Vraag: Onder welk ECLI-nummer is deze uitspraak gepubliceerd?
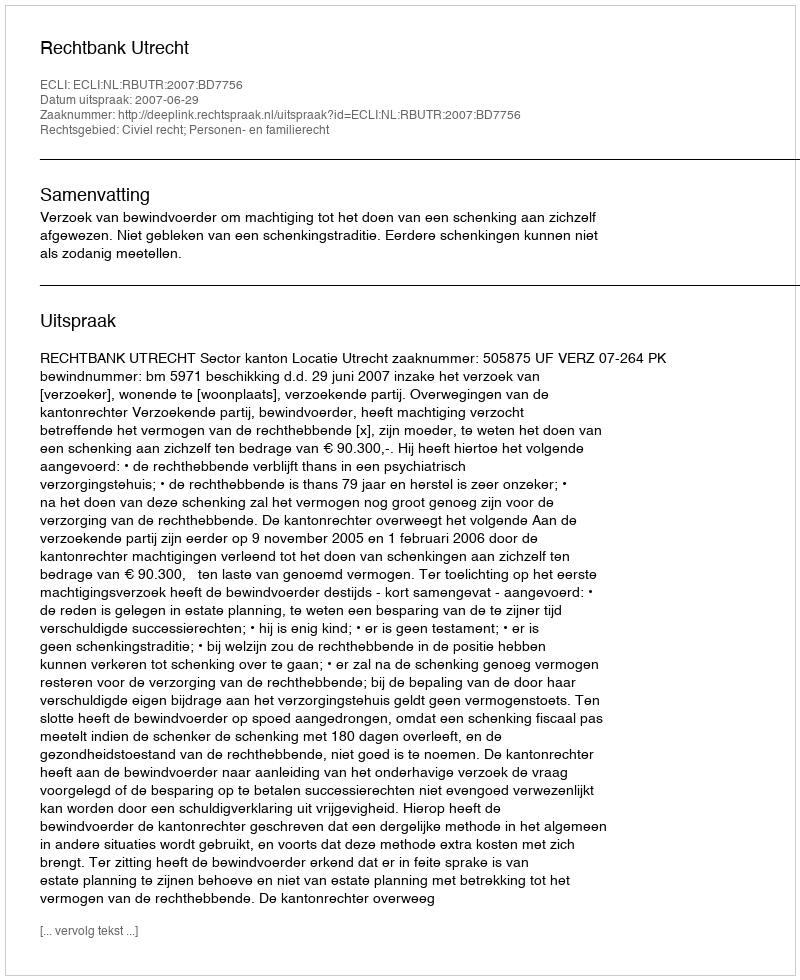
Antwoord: ECLI:NL:RBUTR:2007:BD7756